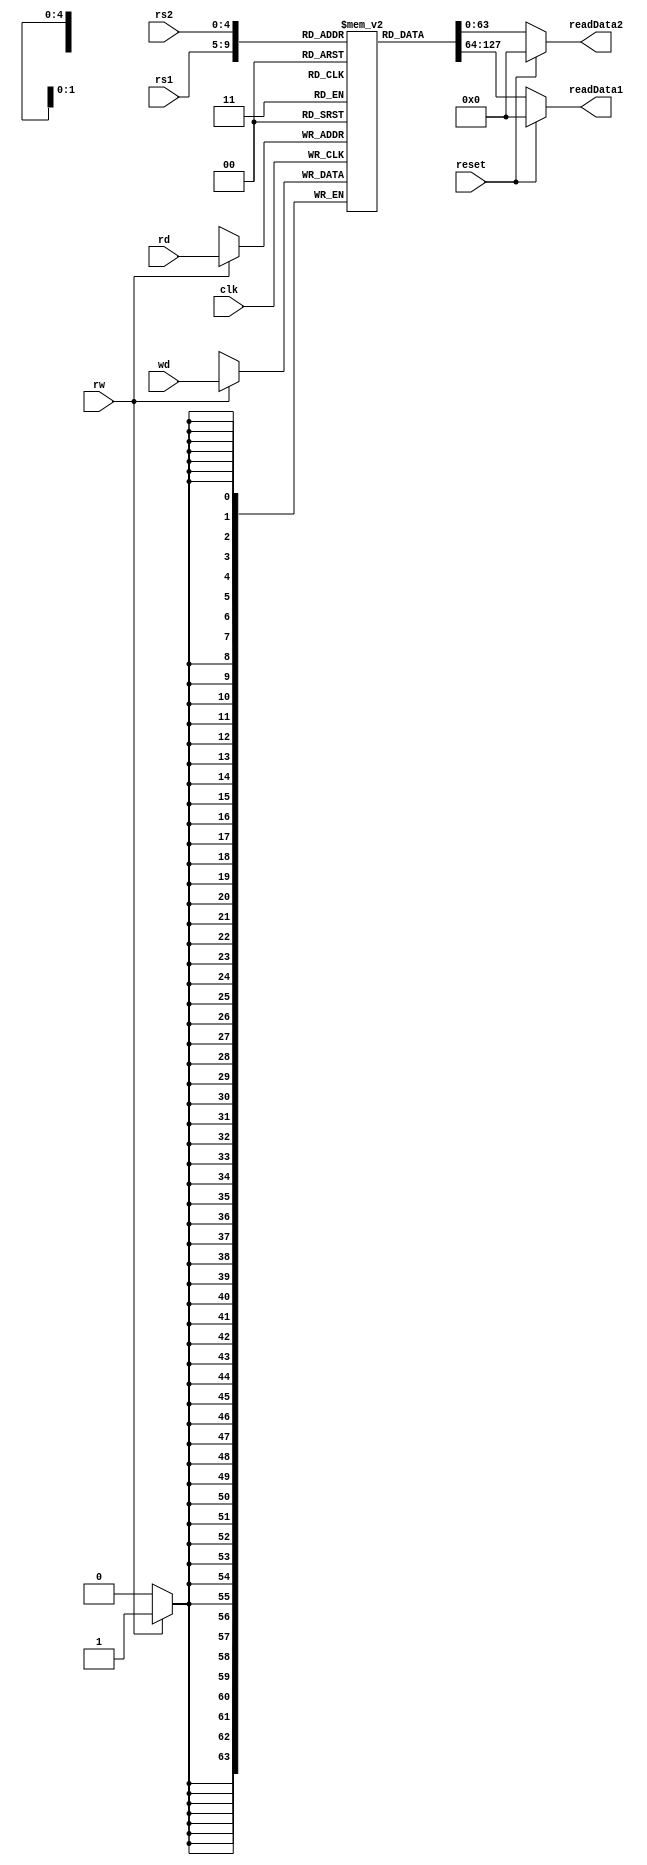
module registerFile(
  input [4:0] rs1,
  input [4:0] rs2,
  input [4:0] rd,
  input [63:0] wd,
  input rw,
  input clk,
  input reset,
  output reg [63:0] readData1,
  output reg [63:0] readData2);
  
  reg [63:0] registers [31:0];
  initial
    begin
      registers[0] = 64'h1;
      registers[1] = 64'h2;
      registers[2] = 64'h3;
      registers[3] = 64'h4;
      registers[4] = 64'h5;
      registers[5] = 64'h4;
      registers[6] = 64'h4;
      registers[7] = 64'h4;
      registers[8] = 64'h4;
      registers[9] = 64'h4;
      registers[10] = 64'h4;
      registers[11] = 64'h4;
      registers[12] = 64'h4;
      registers[13] = 64'h4;
      registers[14] = 64'h4;
      registers[15] = 64'h4;
      registers[16] = 64'h4;
      registers[17] = 64'h4;
      registers[18] = 64'h4;
      registers[19] = 64'h4;
      registers[20] = 64'h4;
      registers[21] = 64'h1;
      registers[22] = 64'h3;
      registers[23] = 64'h4;
      registers[24] = 64'h4;
      registers[25] = 64'h4;
      registers[26] = 64'h4;
      registers[27] = 64'h4;
      registers[28] = 64'h4;
      registers[29] = 64'h4;
      registers[30] = 64'h4;
      registers[31] = 64'h4;
    end
  always @ (*)
    begin
      if (reset == 0)
        begin
          readData1 <= registers[rs1];
          readData2 <= registers[rs2];
        end
      else
        begin
          readData1 <= 0;
          readData2 <= 0;
        end
    end
  always @ (posedge clk)
    begin
      if (rw == 1)
        registers[rd] <= wd;
    end
  
endmodule